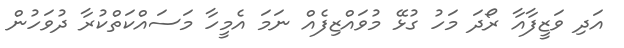
އަދި ވަޒީފާއާ ރޯދަ މަހު ގުޅޭ މުވައްޒިފެއް ނަމަ އެމީހާ މަސައްކަތްކުރާ ދުވަހުން